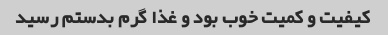
کیفیت و کمیت خوب بود و غذا گرم بدستم رسید